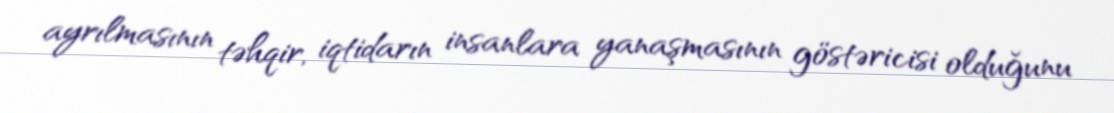
ayrılmasının təhqir, iqtidarın insanlara yanaşmasının göstəricisi olduğunu